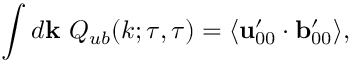
\int d { \bf { k } } \ Q _ { u b } ( k ; \tau , \tau ) = \langle { { \bf { u } } _ { 0 0 } ^ { \prime } \cdot { \bf { b } } _ { 0 0 } ^ { \prime } } \rangle ,